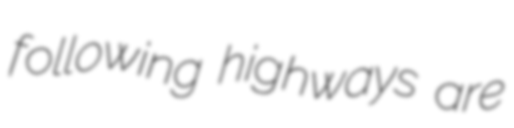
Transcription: following highways are